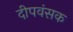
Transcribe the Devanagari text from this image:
दीपवंसक